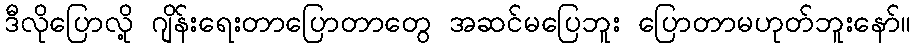
ဒီလိုပြောလို့ ဂျိန်းရေးတာပြောတာတွေ အဆင်မပြေဘူး ပြောတာမဟုတ်ဘူးနော်။